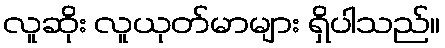
လူဆိုး လူယုတ်မာများ ရှိပါသည်။